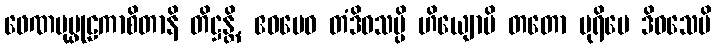
ဖေဏပုပ္ဖုဠကာစိတာနိ တိဋ္ဌန္တိ, ဧဝမေဝ တံဒိဝသမ္ပိ ဟိယျောပိ တတော ပုရိမေ ဒိဝသေပိ